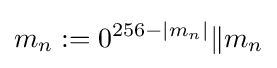
m_{n}:={0}^{256-{\mathcal {j}}m_{n}{\mathcal {j}}}{\mathcal {k}}m_{n}